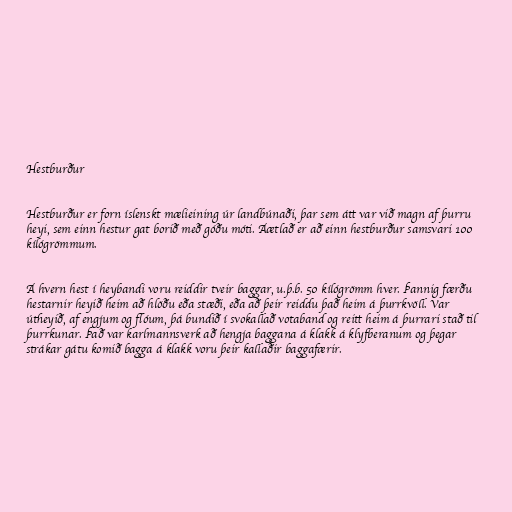
Hestburður

Hestburður er forn íslenskt mælieining úr landbúnaði, þar sem átt var við magn af þurru
heyi, sem einn hestur gat borið með góðu móti. Áætlað er að einn hestburður samsvari 100
kílógrömmum.

Á hvern hest í heybandi voru reiddir tveir baggar, u.þ.b. 50 kílógrömm hver. Þannig færðu
hestarnir heyið heim að hlöðu eða stæði, eða að þeir reiddu það heim á þurrkvöll. Var
útheyið, af engjum og flóum, þá bundið í svokallað votaband og reitt heim á þurrari stað til
þurrkunar. Það var karlmannsverk að hengja baggana á klakk á klyfberanum og þegar
strákar gátu komið bagga á klakk voru þeir kallaðir baggafærir.